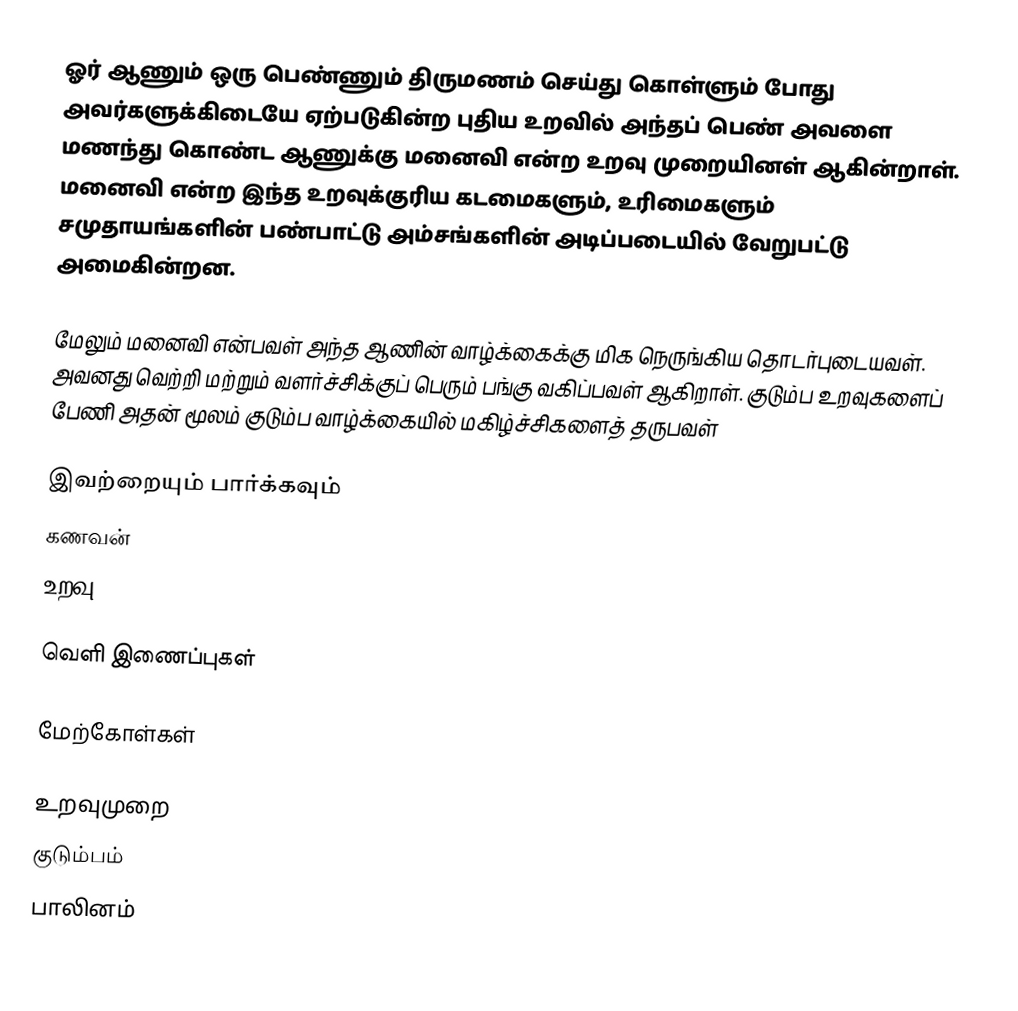
ஓர் ஆணும் ஒரு பெண்ணும் திருமணம் செய்து கொள்ளும் போது அவர்களுக்கிடையே ஏற்படுகின்ற புதிய உறவில் அந்தப் பெண் அவளை மணந்து கொண்ட ஆணுக்கு மனைவி என்ற உறவு முறையினள் ஆகின்றாள். மனைவி என்ற இந்த உறவுக்குரிய கடமைகளும், உரிமைகளும் சமுதாயங்களின் பண்பாட்டு அம்சங்களின் அடிப்படையில் வேறுபட்டு அமைகின்றன.

மேலும் மனைவி என்பவள் அந்த ஆணின் வாழ்க்கைக்கு மிக நெருங்கிய தொடர்புடையவள். அவனது வெற்றி மற்றும் வளர்ச்சிக்குப் பெரும் பங்கு வகிப்பவள் ஆகிறாள். குடும்ப உறவுகளைப் பேணி அதன் மூலம் குடும்ப வாழ்க்கையில் மகிழ்ச்சிகளைத் தருபவள்

இவற்றையும் பார்க்கவும்
 கணவன்
 உறவு

வெளி இணைப்புகள்

மேற்கோள்கள்

உறவுமுறை
குடும்பம்
பாலினம்